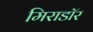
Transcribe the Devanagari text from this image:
मिराडॉर